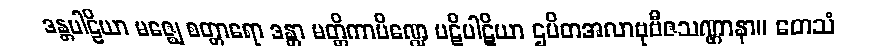
ဒန္တပါဠိယာ မဇ္ဈေ စတ္တာရော ဒန္တာ မတ္တိကာပိဏ္ဍေ ပဋိပါဋိယာ ဌပိတအလာဗုဗီဇသဏ္ဌာနာ။ တေသံ